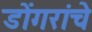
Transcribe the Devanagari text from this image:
डोंगरांचे